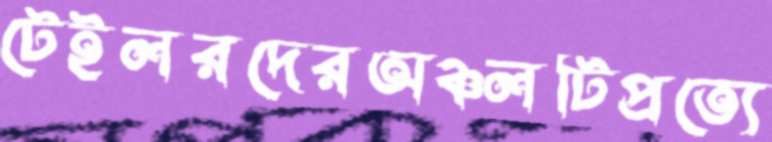
টেইলরদেরঅঞ্চলটিপ্রত্যে